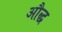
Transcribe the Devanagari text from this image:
औद्ध